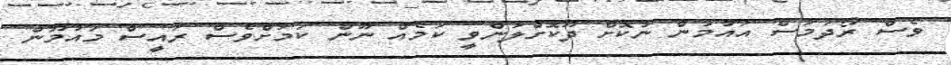
ވެސް ރޯދަމަސް އައުމުން ނުކޮށް ދޫކޮށްލަންވީ ކަމެއް ނޫން ކަމަށްވެސް ރައީސް މައުމޫން